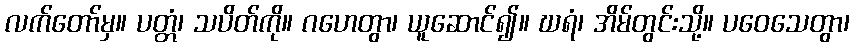
လက်တော်မှ။ ပတ္တံ၊ သပိတ်ကို။ ဂဟေတွာ၊ ယူဆောင်၍။ ဃရံ၊ အိမ်တွင်းသို့။ ပဝေသေတွာ၊